Bréfritari: Sigríður Pálsdóttir
Viðtakandi: Páll Pálsson
Dagsetning: A-1866-01-06
Skrifað á: Breiðabólsstað  Rang.
Páll var bróðir Sigríðar

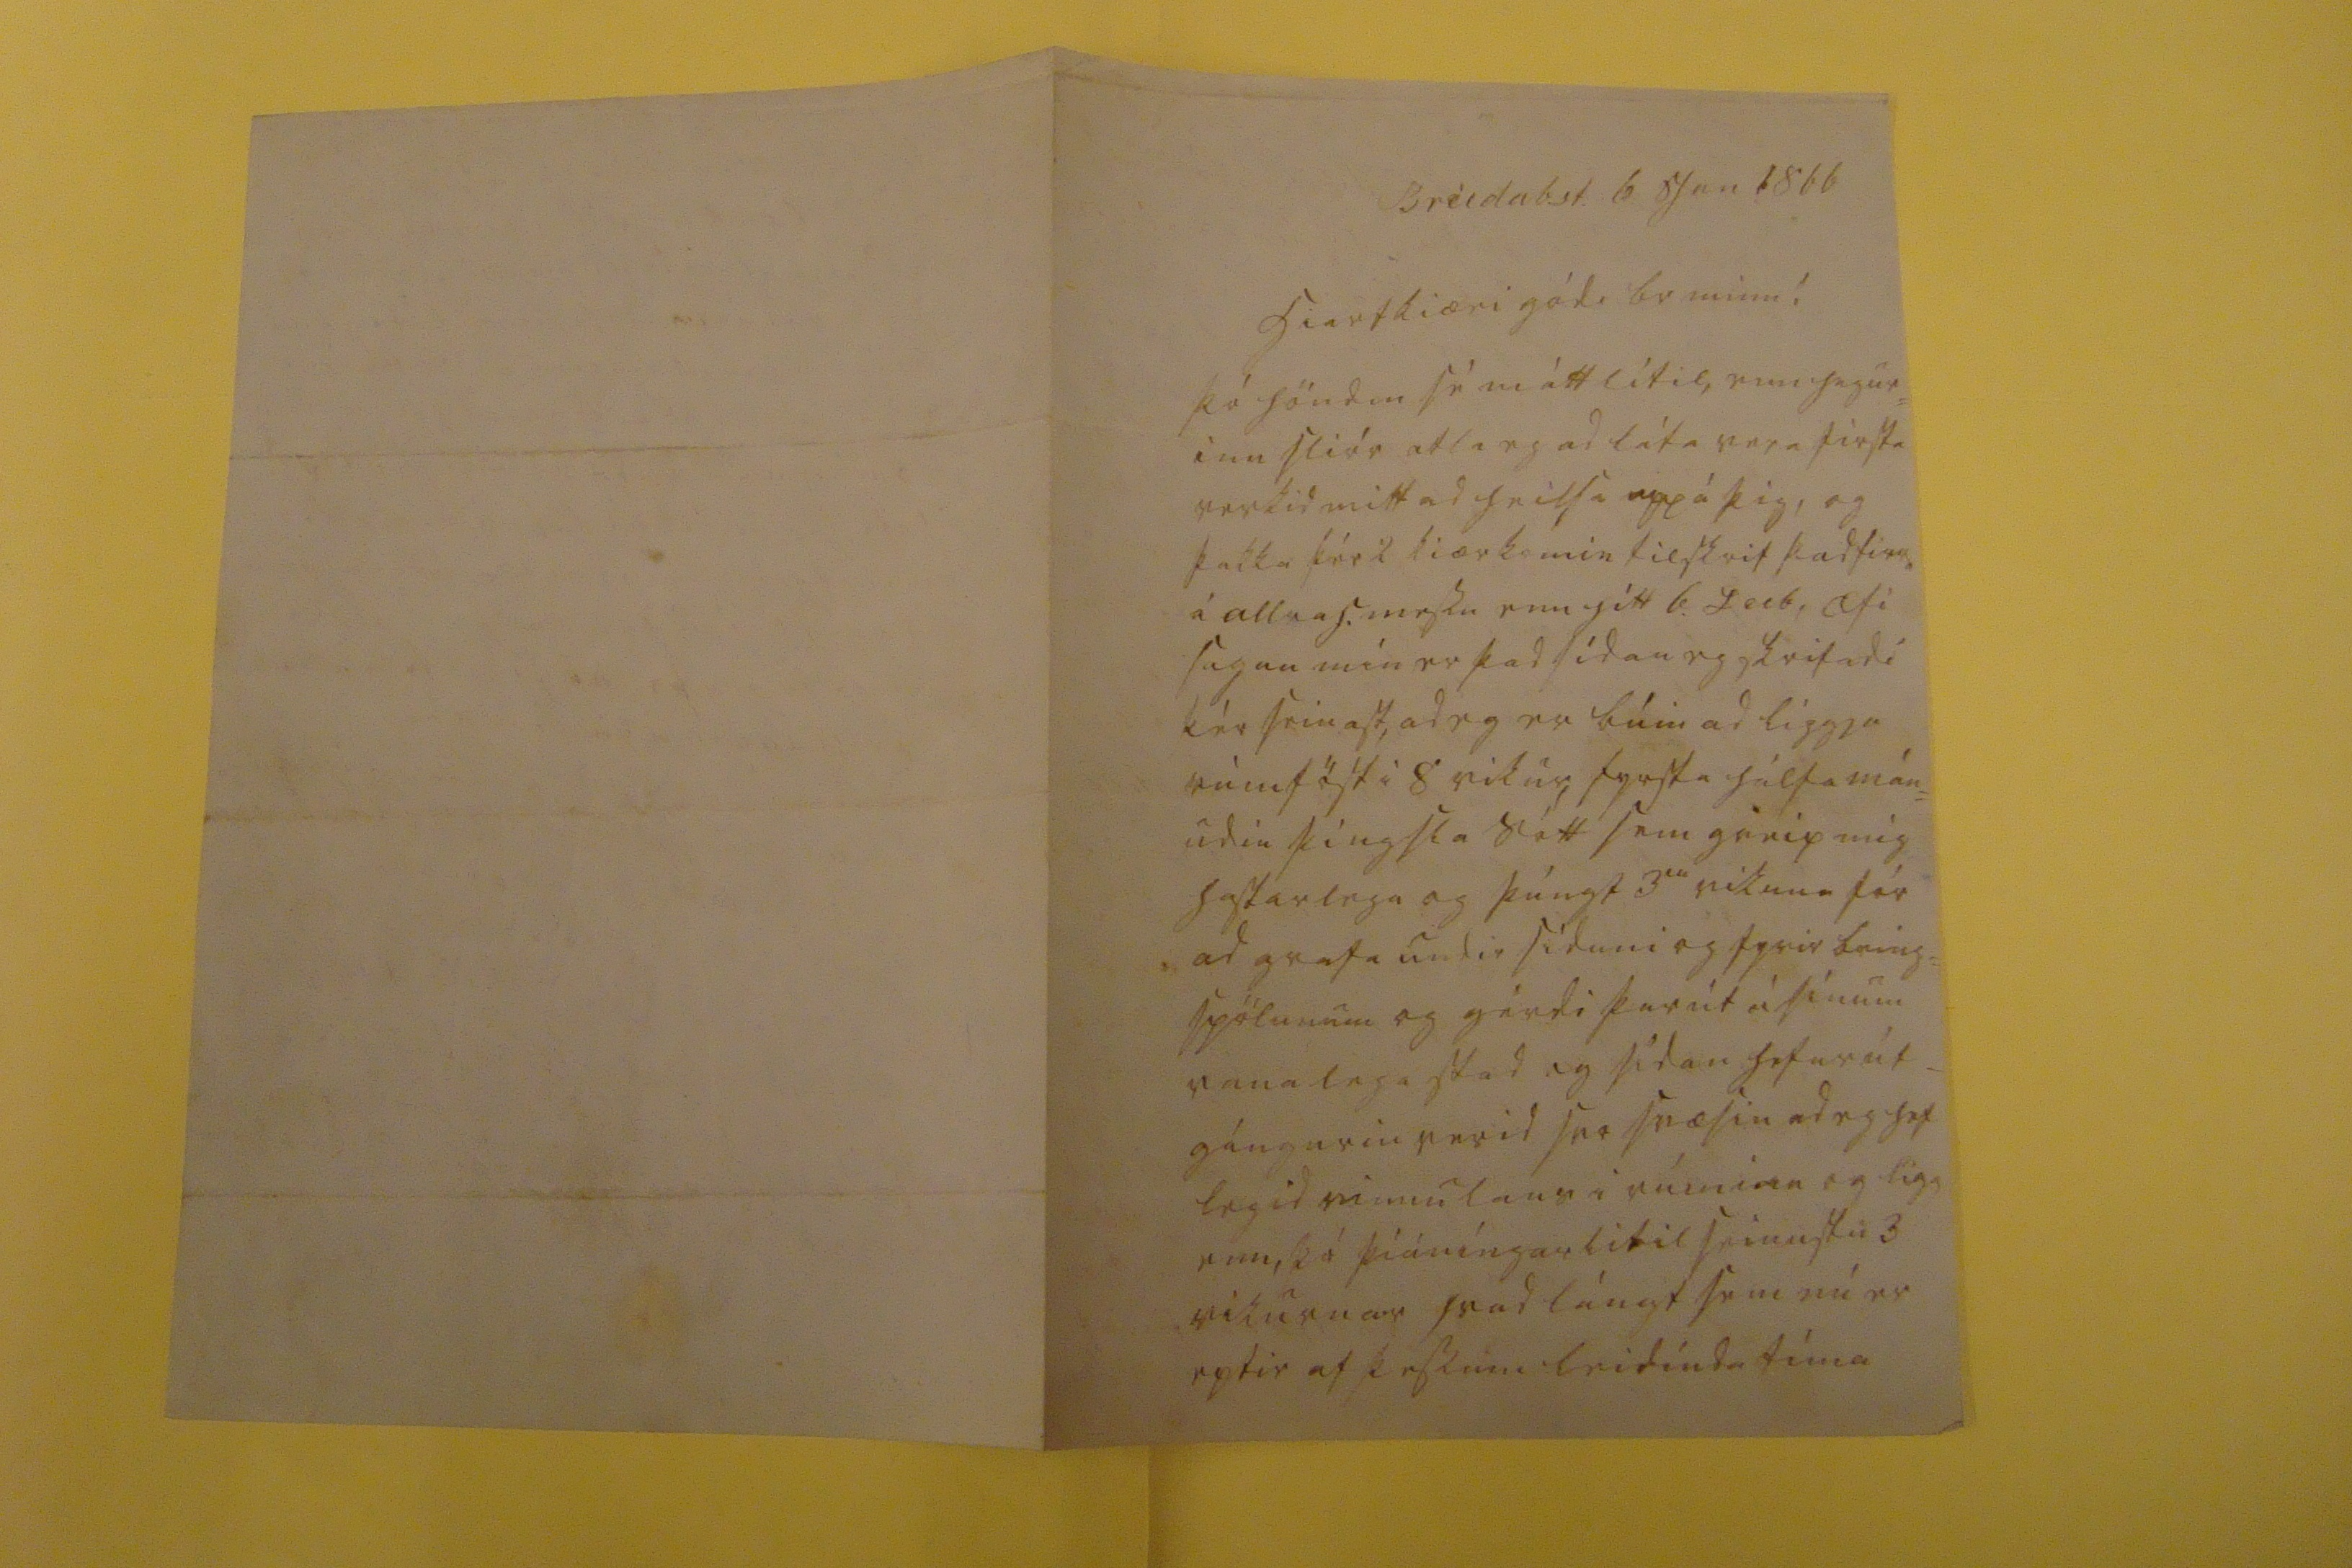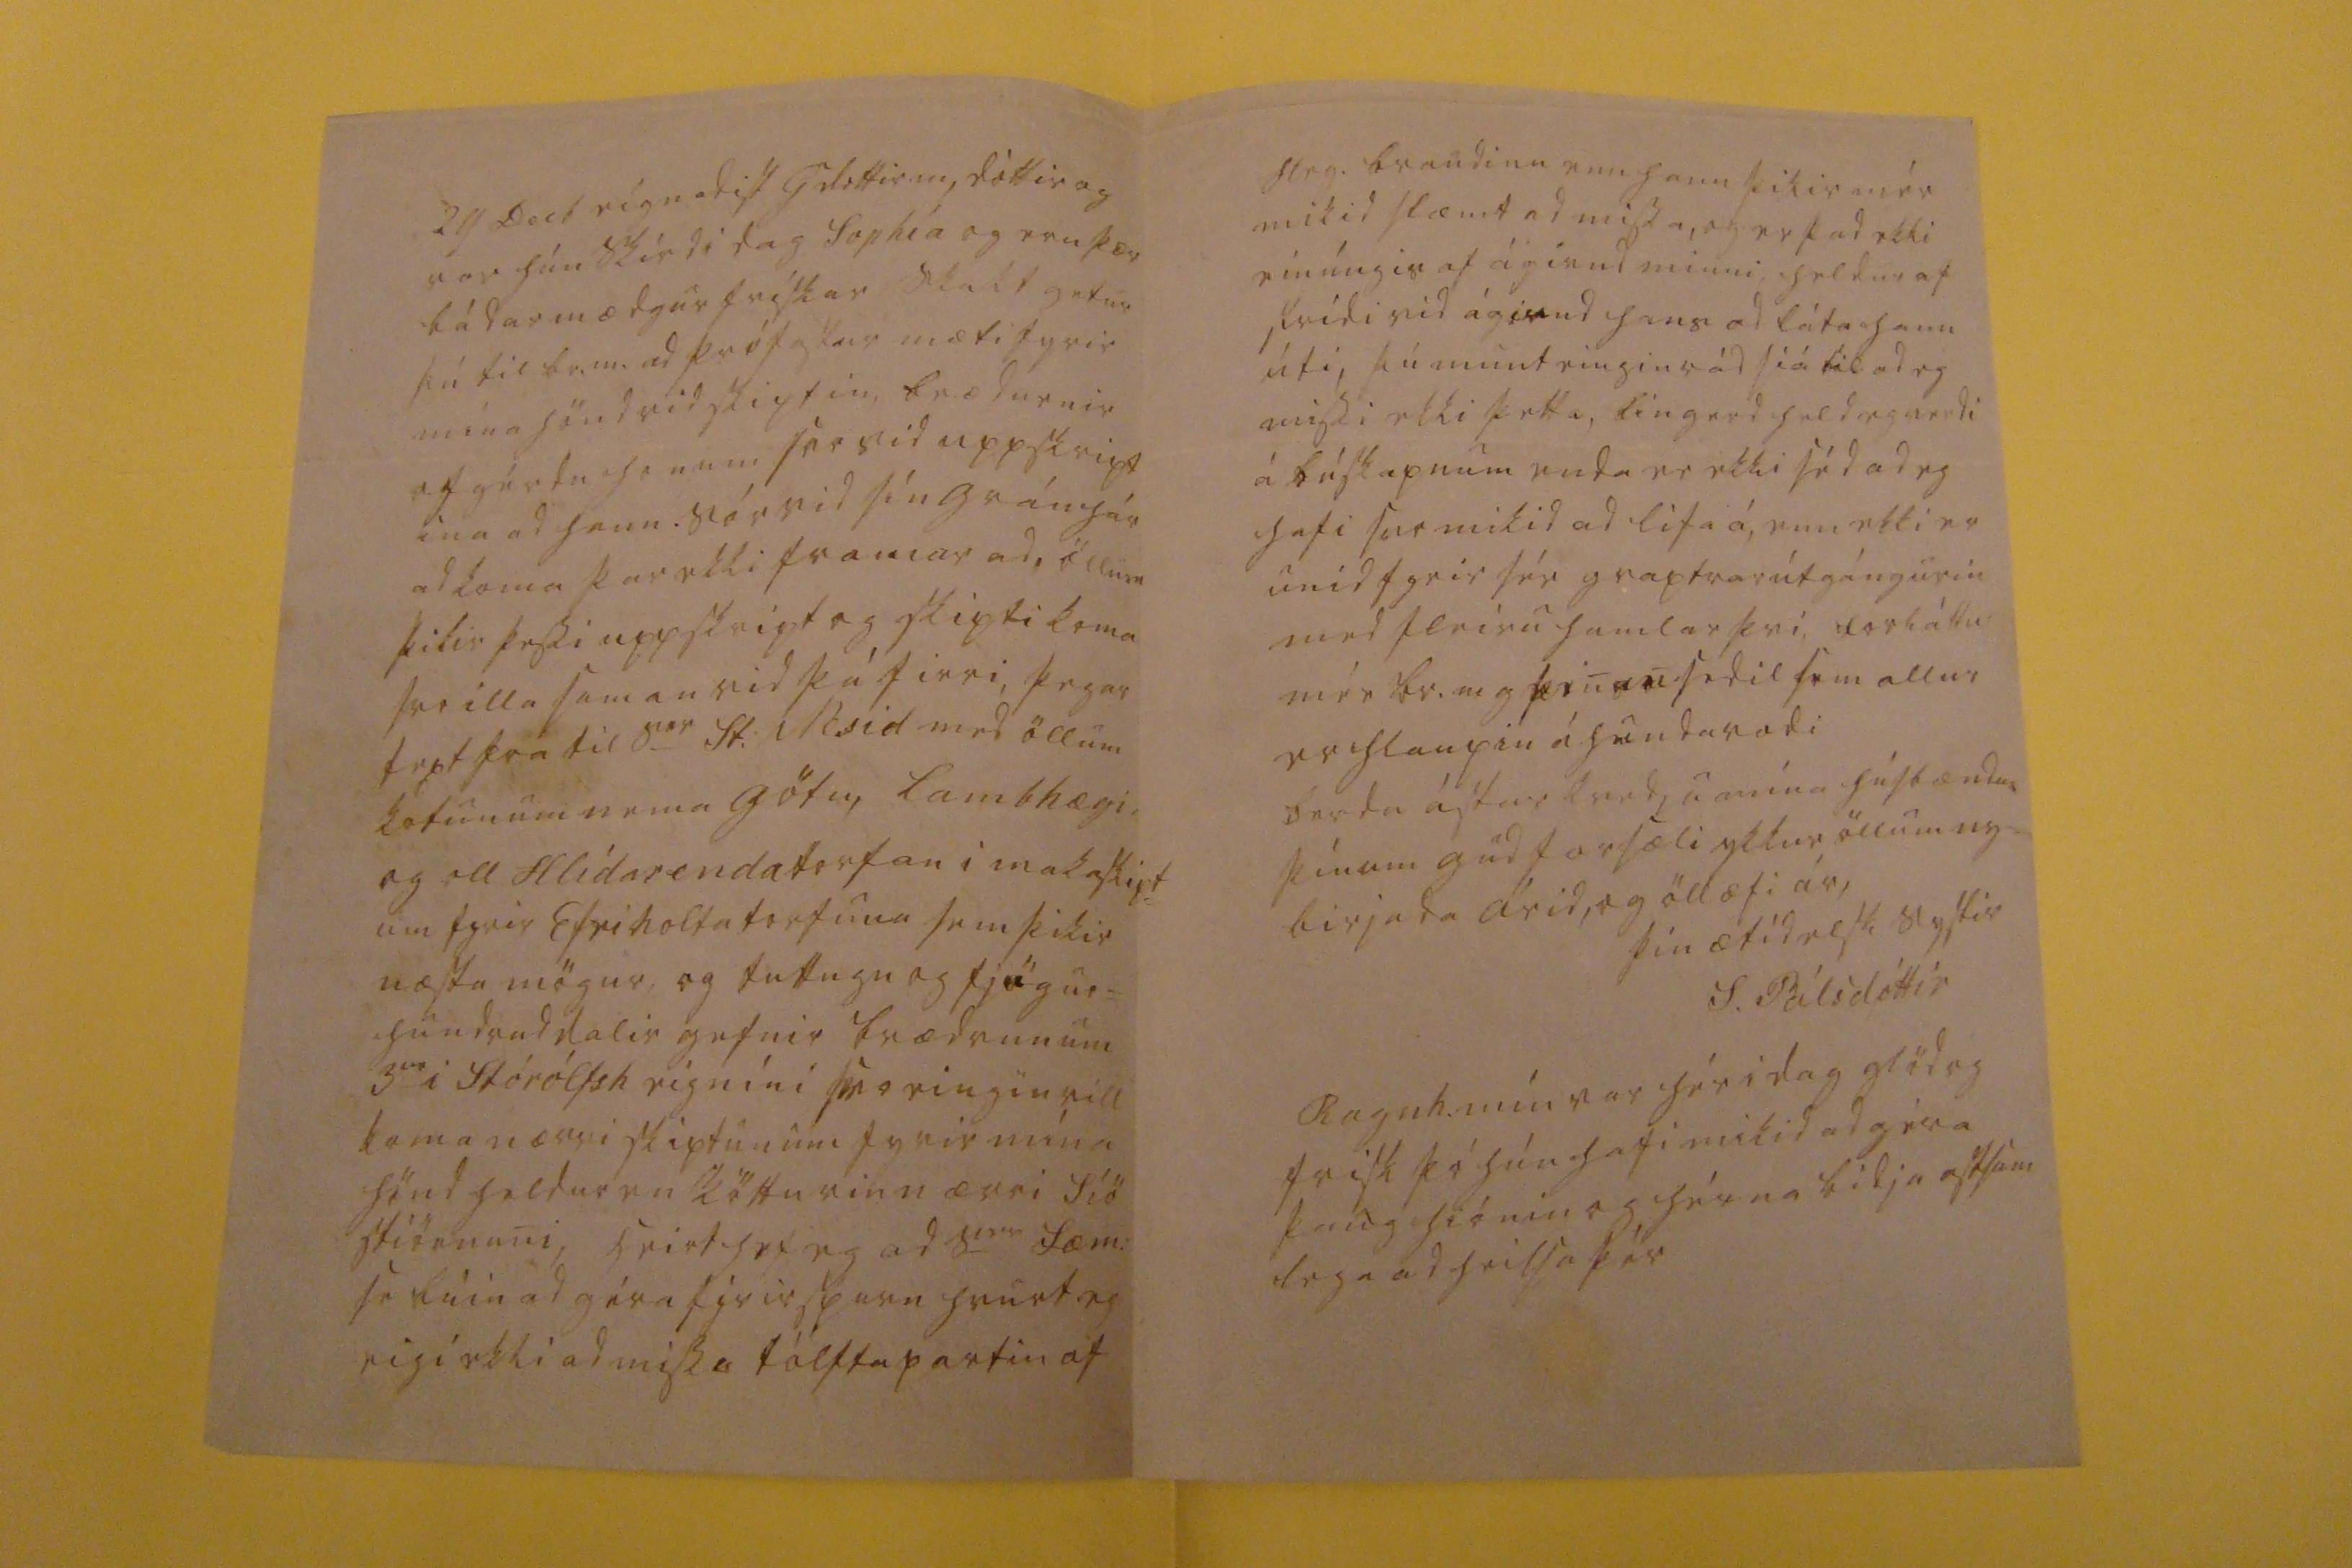

Breidab.st. 6. Jan 1866
hiartkiæri gódi br minn!
þó höndin sé máttlítil, enn hugur= inn sliór atla eg ad láta vera firsta verkid mitt ad heilsa upp á þig, og þakka þér 2 kiærkomin tilskrif þad firra á allrah. messu enn hitt 6. Decb, æfi sagan mín er þad sídan eg skrifadi þér seinast ad eg er búin ad liggja rúmföst i 8 vikur, fyrsta hálfa mán= udin þingsla sótt sem greip mig hastarlega og þúngt 3
iu
vikuna fór ad grafa undir síduni og fyrir bring= spölunum og gérdi þar út á sínum vanalega stad og sídan hefur út_ gángurin verid svo svæsin ad eg hef legid vinnulaus i rúminu og ligg enn, þó þíáníngarlitil seinustu 3 vikurnar hvad lángt sem nú er eptir af þessum leidínda tíma
29 Decb eígnadist G dottir m, dóttir og var hún skírd i dag Sophía og eru þær bádar mædgur frískar slakt getur þú til br.m. ad prófastur mæti fyrir mína hönd vid skiptin, brædurnir ofgérdu honum svo vid uppskript ina ad hann sór vid sín gráu hár ad koma þar ekki framar ad, öllum þikir þessi uppskript og skipti koma svo illa saman vid þá firri, þegar
tept þ00
til s
er
St. i
00id
med öllum kotunum nema götu, lambhægi, og oll Hlídarendatorfan i makaskipt= um fyrir Efriholtatorfuna sem þikir næsta mögur, og tuttugu og fjögur= hundrud dalir gefnir brædrunum 3
ur
i Stórólfsh eigníni svo eingin vill koma nærri skiptunum fyrir mína hönd heldur en
0köttu
ein nrri siö stiörnuni, heirt hef eg ad s
er
Sæm: sé búin ad géra firirspurn hvurt eg eigi ekki ad missa tófta partin af
Hrg. braudinu enn hann þikir mér mikid slæmt ad missa, og er þad ekki einúngis af ágirnd minni, heldur af strídi vid ágirnd hans ad láta hann úti, þú munt eingin rád siá til ad eg missi ekki þetta, lingerd held eg verdi á búskapnum enda er ekki séd ad eg hafi svo mikid ad líta á, enn ekki er unid fyrir sér graptrarútgángurin med fleiru hamlar þvi, forláttu mér br. m g þenan sedil sem allur er hlaupin á hundavadi berdu ástar kvedju mína húsbændum þínum gud forsæli ykkur öllum ny= birjada árid, og öll æfi ár,
þín ætíd elsk systir
S. Pálsdóttir
Ragn. mín var hér i dag glöd og frisk þó hun hafi mikid ad géra þaug hiónin og hérna bidja astsam lega ad heilsa þér